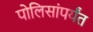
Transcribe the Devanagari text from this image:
पोलिसांपर्यंत